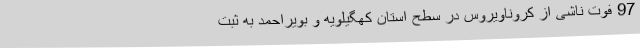
97 فوت ناشی از کروناویروس در سطح استان کهگیلویه و بویراحمد به ثبت